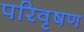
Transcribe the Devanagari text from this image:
परिवृषण